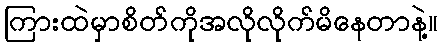
ကြားထဲမှာစိတ်ကိုအလိုလိုက်မိနေတာနဲ့။